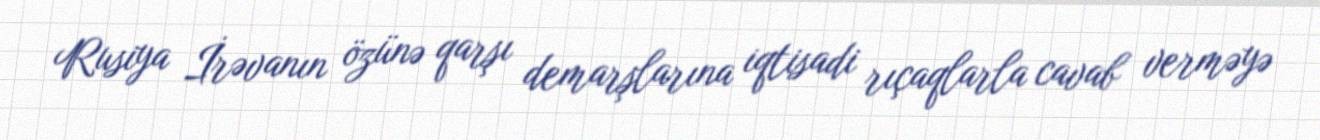
Rusiya İrəvanın özünə qarşı demarşlarına iqtisadi rıçaqlarla cavab verməyə